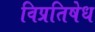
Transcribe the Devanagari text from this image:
विप्रतिषेध